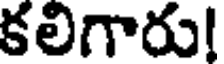
కలిగారు!